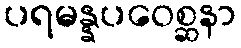
ပရမန္နပဝေစ္ဆနာ